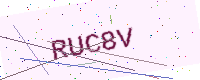
Text: RUC8V